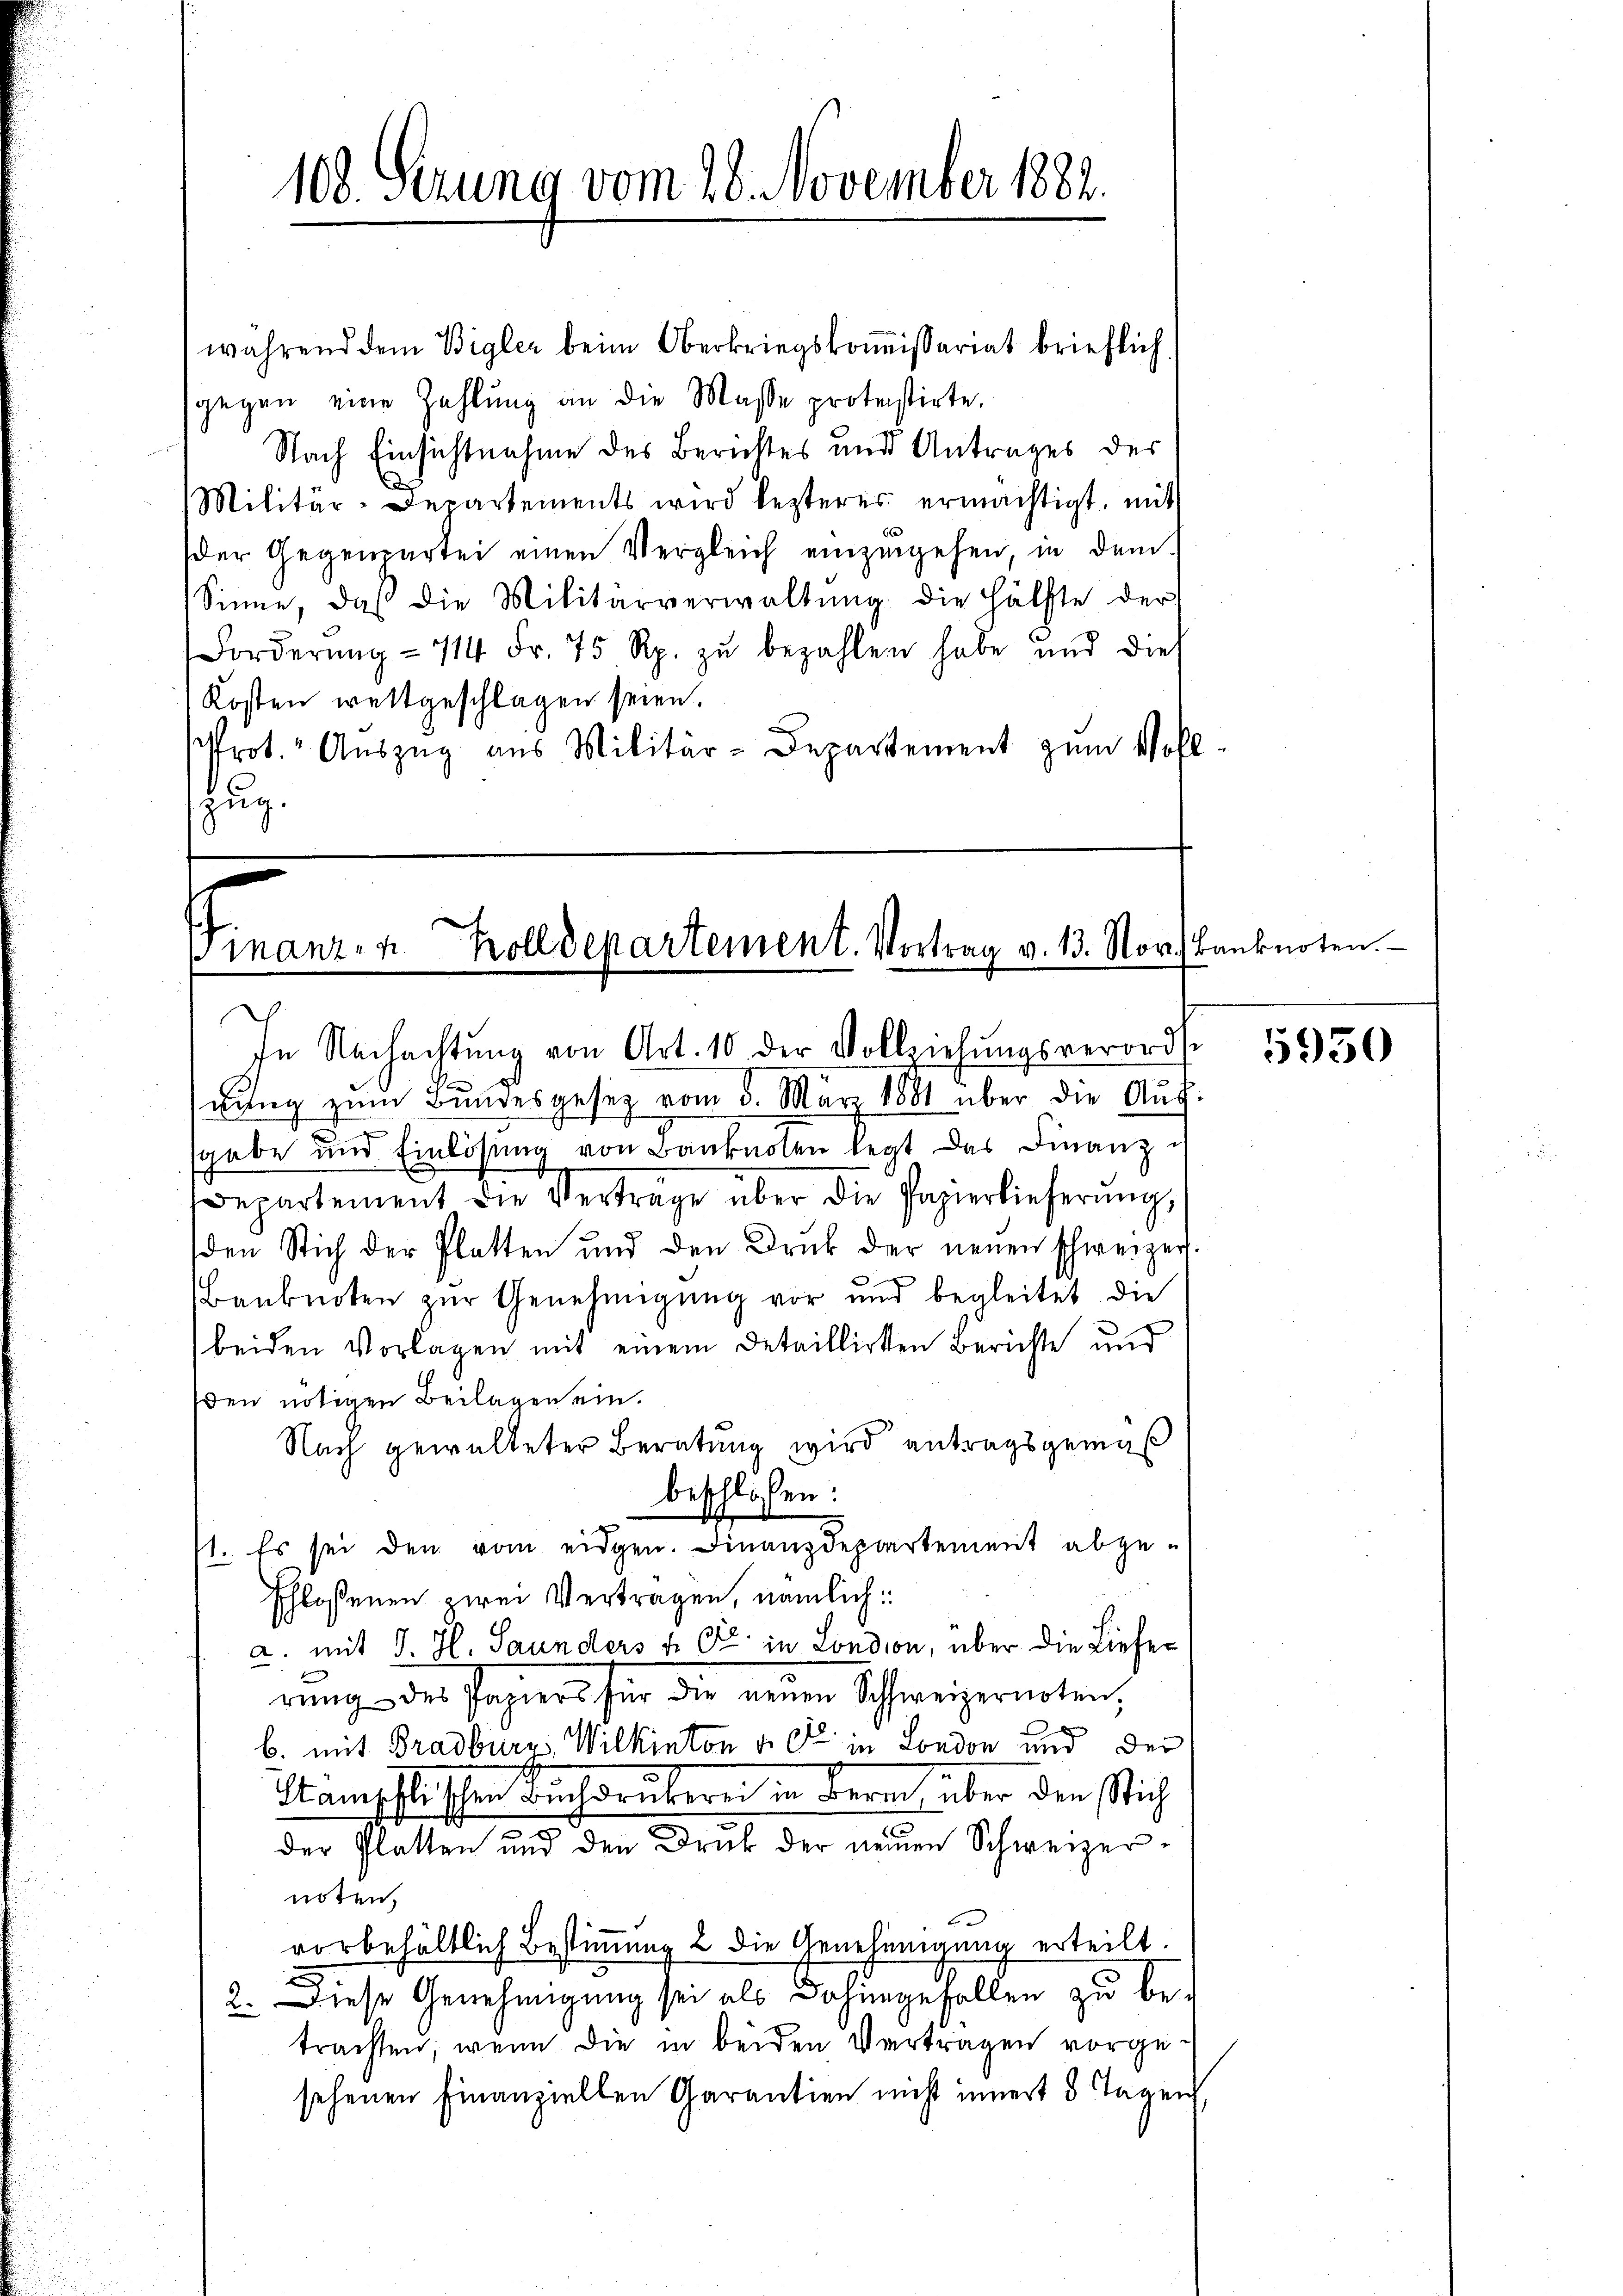
108. Serung vom 28. November 1882.

während dem Bigler beim Oberkriegskoṁissariat brieflich
sgegen eine Zahlung an die Masse protestirte.
Nach Einsichtnahme des Berichtes und Antrages des
Militär-Departements wird lezteres ermächtigt, mit
der Gegenpartei einen Vergleich einzugehen, in dem
Sinne, daß die Militärverwaltŭng die Hälfte der
Forderŭng - 114 Fr. 75 Rp. zŭ bezahlen habe und dies
Kosten weltgeschlagen seien.
Prot. Auszug aus Militär-Departement zum Voll
zug.

Finanz- u. Zolldepartement. Vortrag v. 13. Nov. Banknoten.

In Nachachtŭng von Art. 10 der Vollziehŭngsverordse
s
gung zum Bundesgesetz vom 5. März 1881 über die Auf-
sgabe und Einlösung von Banknoten legt das Finanz i
Departement die Verträge über die Papierlieferŭng,
den Stich der Platten und den Druck der neŭen Schweizer.
Banknoten zur Genehmigung vor und begleitet die
beiden Vorlagen mit einem Detaillirten Berichte und
den nötigen Beilagen ein.
Nach gewalteter Beratung wird antragsgemäß
beschlossen:
71. Es sei den vom eidgen. Finanzdepartement abge-
schlossenen zwei Vertragen, nämlich:
a. mit J. H. Saunders & Cie in London, über die Lieferung des Papiers für die neuen Schweizerirten,
b. mit Grasburg, Wilkinton v. dr in London und der
Hamschlischen Buchdruberei in Bern über den sich
der Platten und den Druck der neuen Schweizernoten,
2
vorbehältlich Bestimmung 2 die Genehmigung erteilt.
2. Diese Genehmigung sei als dahingefallen zu betrachten, wenn die in beiden Vertragen vorgesehenen Finanzielten Garantien nicht innert 8 Tagen,

l

5950